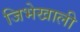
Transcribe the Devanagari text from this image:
जिभेखाली